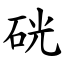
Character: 硄